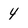
Character: 4